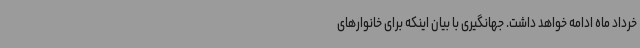
خرداد ماه ادامه خواهد داشت. جهانگیری با بیان اینکه برای خانوارهای